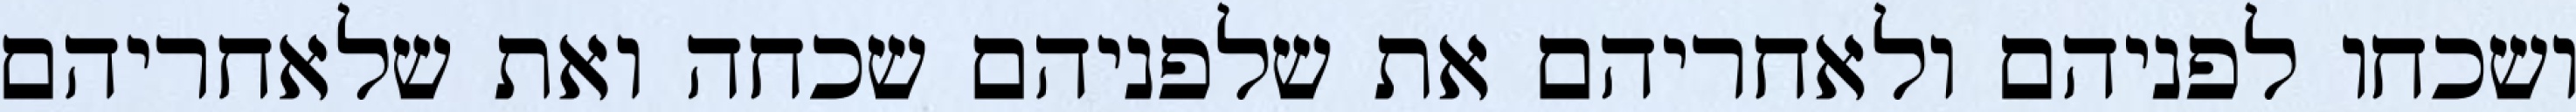
ושכחו לפניהם ולאחריהם את שלפניהם שכחה ואת שלאחריהם